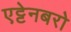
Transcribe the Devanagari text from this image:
एट्टेनबरो